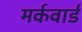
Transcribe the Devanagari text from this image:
मर्कवार्ड